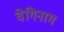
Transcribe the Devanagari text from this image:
वेगिनाम